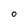
Character: O